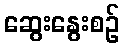
ဆွေးနွေးစဉ်